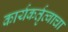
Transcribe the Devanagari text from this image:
कार्यकर्तृत्वाचा